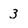
Character: 3